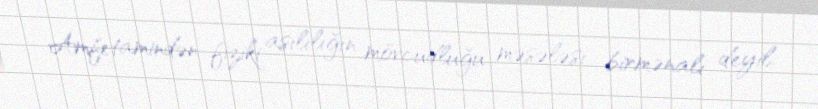
Amfetamindən fiziki asılılığın mövcudluğu məsələsi birmənalı deyil.